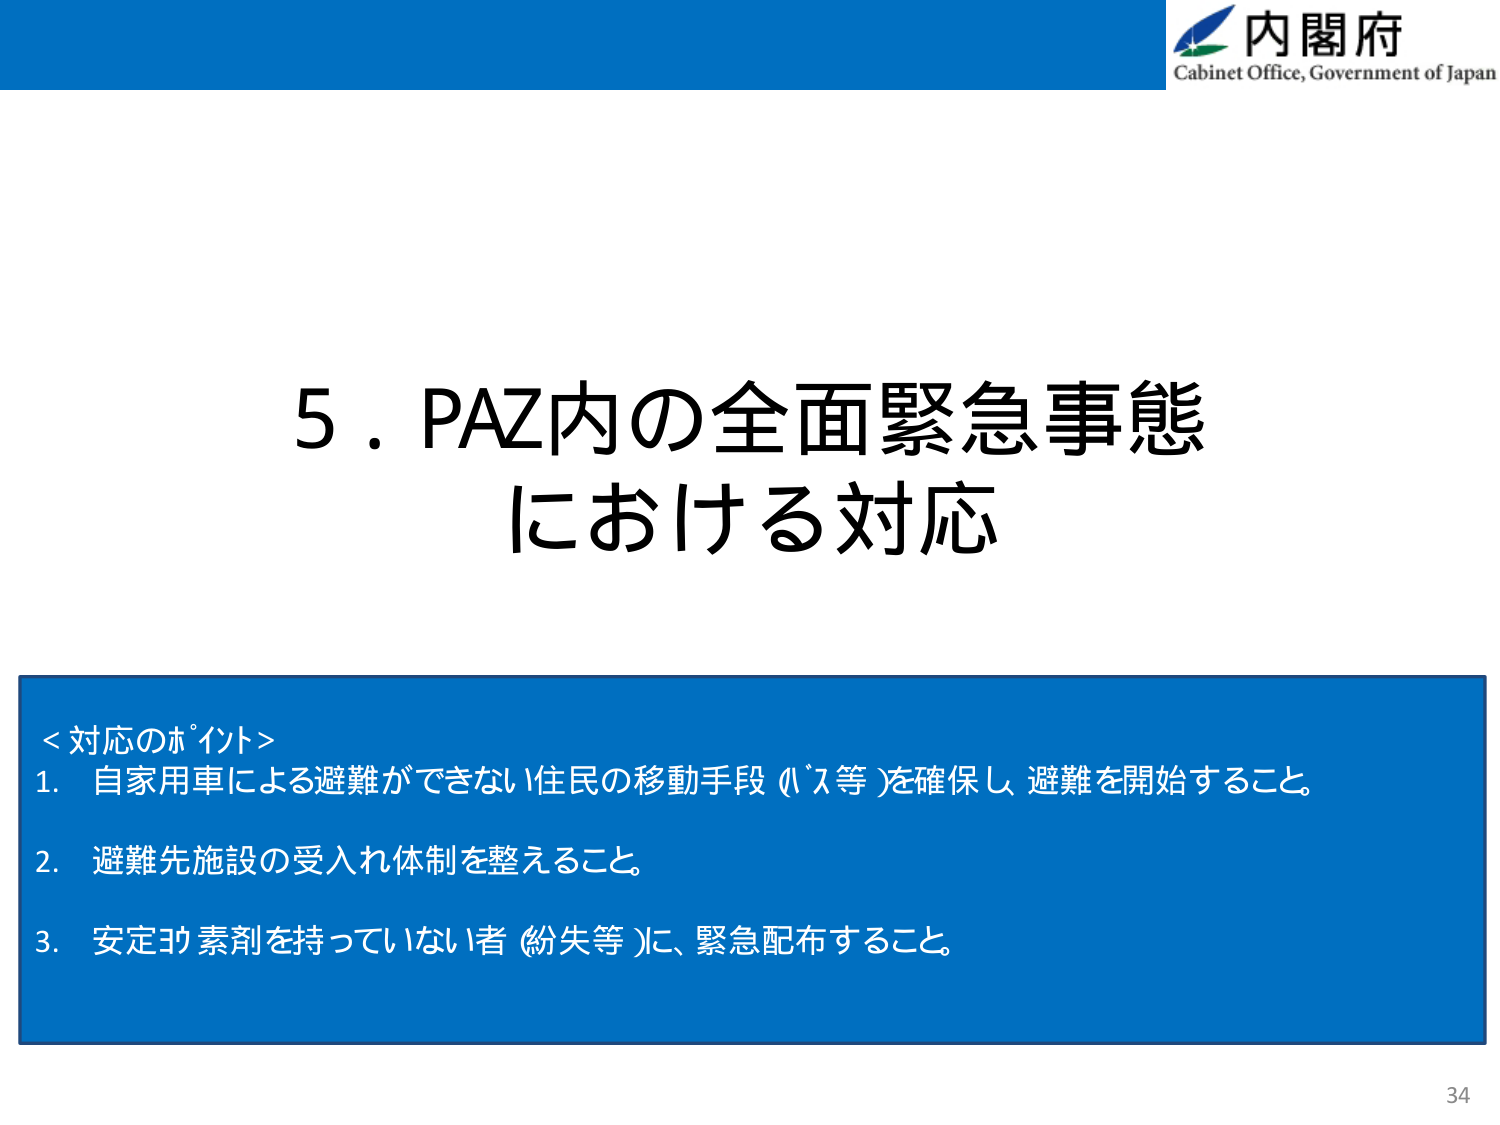
内閣府
Cabinet Office, Government of Japan

5．PAZ内の全面緊急事態
における対応

＜対応のポイント＞
1．自家用車による避難ができない住民の移動手段（バス等）を確保し、避難を開始すること。
2．避難先施設の受入れ体制を整えること。
3．安定ヨウ素剤を持っていない者（紛失等）に、緊急配布すること。

34